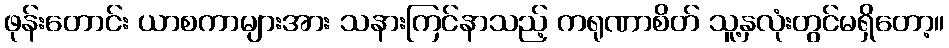
ဖုန်းတောင်း ယာစကာများအား သနားကြင်နာသည့် ကရုဏာစိတ် သူ့နှလုံးတွင်မရှိတော့။